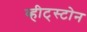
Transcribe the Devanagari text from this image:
व्हीट्स्टोन